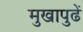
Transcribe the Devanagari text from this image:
मुखापुढें